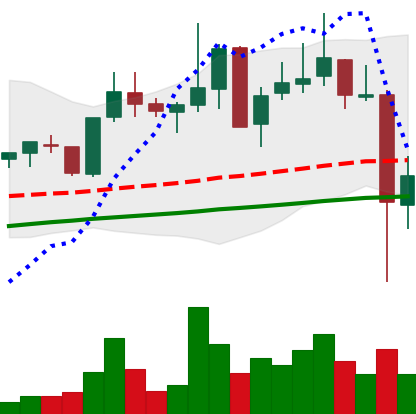
Ticker: XLM-USD
Chart end date: 2021-05-20
Forward return: -13.822%
Label: down_7plus